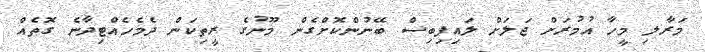
މަރާލި މީހާ އުމުރަށް ޖަލަށް ލައިފިބިސް ބޭނުންކޮށްގެން މޫނުގެ ރީތިކަން ދެމެހެއްޓިދާނެ ގޮތެއް